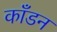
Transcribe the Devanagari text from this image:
काँडन